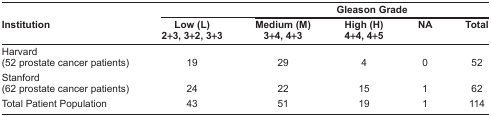
<table><thead><tr><td></td><td colspan="5"><b>Gleason Grade</b></td></tr><tr><td><b>Institution</b></td><td><b>Low (L)2+3, 3+2, 3+3</b></td><td><b>Medium (M)3+4, 4+3</b></td><td><b>High (H)4+4, 4+5</b></td><td><b>NA</b></td><td><b>Total</b></td></tr></thead><tbody><tr><td>Harvard(52 prostate cancer patients)</td><td>19</td><td>29</td><td>4</td><td>0</td><td>52</td></tr><tr><td>Stanford(62 prostate cancer patients)</td><td>24</td><td>22</td><td>15</td><td>1</td><td>62</td></tr><tr><td>Total Patient Population</td><td>43</td><td>51</td><td>19</td><td>1</td><td>114</td></tr></tbody></table>